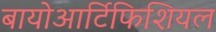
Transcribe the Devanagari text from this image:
बायोआर्टिफिशियल